画像に写った文字を読んでください
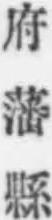
「府藩縣」と書いてあります